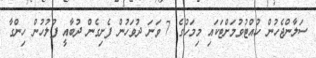
ސަލާންޖެހުން ހުއްޓުވުމަށްޓަކައި މިމަހުގެ 7 ވަނަ ދުވަހުން ފެށިގެން ދުބާއީ ފުލުހުން ހިންގާ